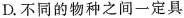
D.不同的物种之间一定具